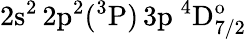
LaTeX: \mathrm{2s^{2}\, 2p^{2}(^{3}P)\, 3p~^{4}D_{7/2}^{o}}